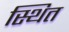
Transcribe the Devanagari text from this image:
स्थित